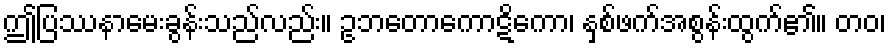
ဤပြဿနာမေးခွန်းသည်လည်း။ ဥဘတောကောဋိကော၊ နှစ်ဖက်အစွန်းထွက်၏။ တဝ၊